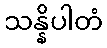
သန္နိပါတံ